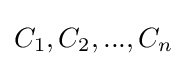
{C_{1},C_{2},...,C_{n}}